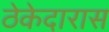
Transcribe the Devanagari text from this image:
ठेकेदारास